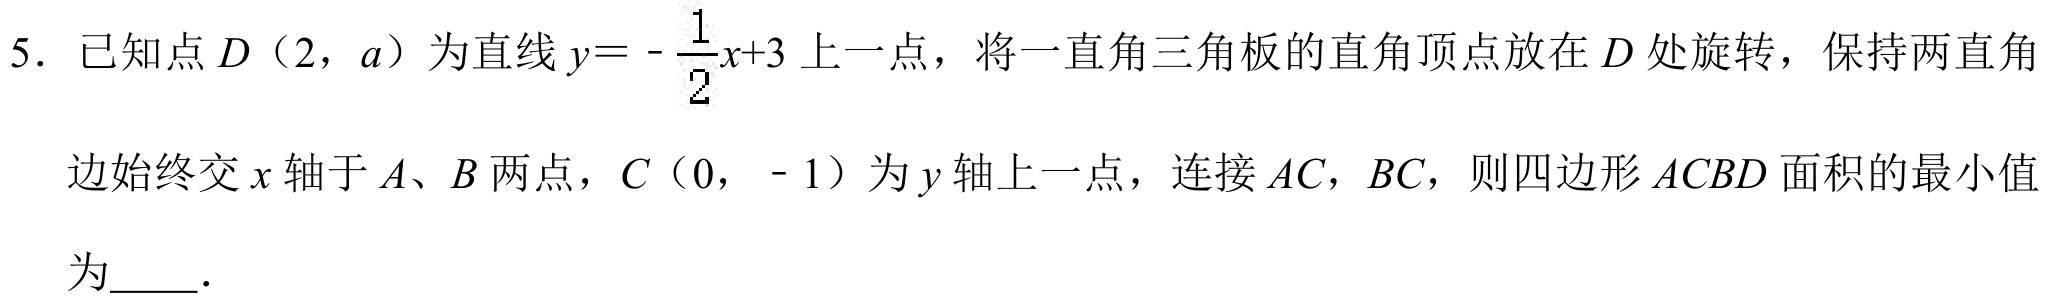
5. 已知点\(D（2,a）\)为直线\(y = -\frac{1}{2}x + 3\)上一点，将一直角三角板的直角顶点放在\(D\)处旋转，保持两直角边始终交\(x\)轴于\(A、B\)两点，\(C（0,-1）\)为\(y\)轴上一点，连接\(AC\)，\(BC\)，则四边形\(ACBD\)面积的最小值为  .